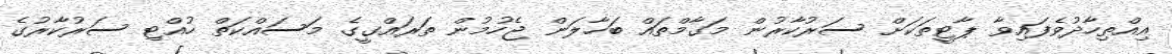
އިއްތިހާދުވެފައިވާ ޕާޓީތަކަށް ސަރުކާރުން މަގާމްތައް ބަހާލަން ޖެހުމުން ތަރައްގީގެ މަސައްކަތް ހުއްޓި ސަރުކާރުގެ